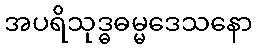
အပရိသုဒ္ဓဓမ္မဒေသနော